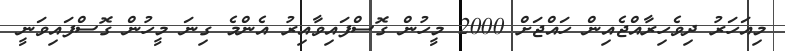
މިއަހަރު ދިވެހިރާއްޖެއިން ހައްޖަށް 2000 މީހުން ގޮސްފައިވާއިރު އެންމެ ގިނަ މީހުން ގޮސްފައިވަނީ